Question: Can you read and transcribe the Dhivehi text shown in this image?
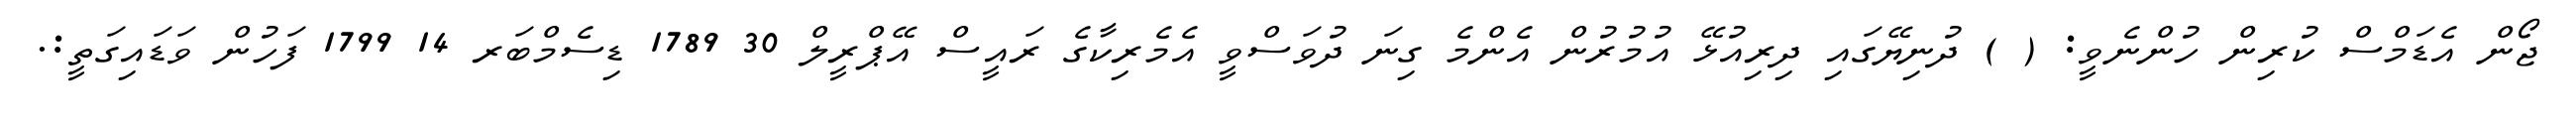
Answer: ޖޯން އެޑަމްސް ކުރިން ހުންނެވީ: ( ) ދުނިޔޭގައި ދިރިއުޅޭ އުމުރުން އެންމެ ގިނަ ދުވަސްވީ އެމެރިކާގެ ރައީސް އޭޕްރީލް 30 1789 ޑިސެމްބަރ 14 1799 ފަހުން ވަޑައިގަތީ:.